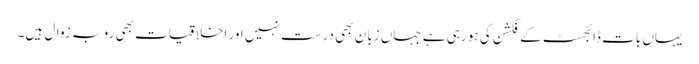
یہاں بات ڈائجسٹ کے فکشن کی ہو رہی ہے جہاں زبان بھی درست نہیں اور اخلاقیات بھی رو بہ زوال ہیں۔